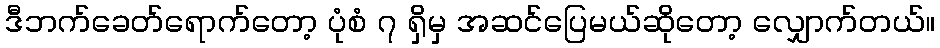
ဒီဘက်ခေတ်ရောက်တော့ ပုံစံ ၇ ရှိမှ အဆင်ပြေမယ်ဆိုတော့ လျှောက်တယ်။